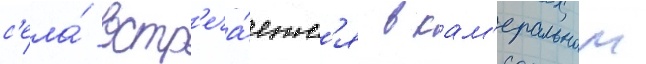
с'ела́ встр'еча́етс'я в кам'еральном